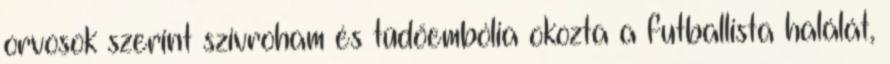
orvosok szerint szívroham és tüdőembólia okozta a futballista halálát,